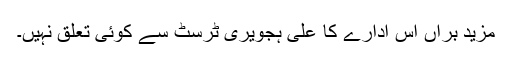
مزید براں اس ادارے کا علی ہجویری ٹرسٹ سے کوئی تعلق نہیں۔